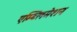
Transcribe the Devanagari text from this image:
एम्ब्लिमेशन